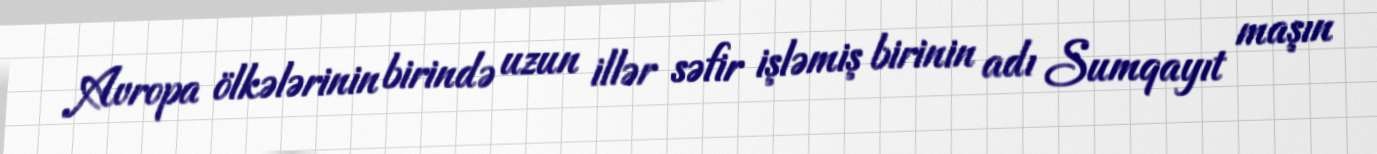
Avropa ölkələrinin birində uzun illər səfir işləmiş birinin adı Sumqayıt maşın